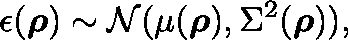
\epsilon ( \boldsymbol { \mathbf { \rho } } ) \sim \mathcal { N } ( \mu ( \boldsymbol { \mathbf { \rho } } ) , \Sigma ^ { 2 } ( \boldsymbol { \mathbf { \rho } } ) ) ,